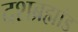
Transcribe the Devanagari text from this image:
दशब्रह्मांड